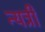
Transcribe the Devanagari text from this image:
न्यत्री